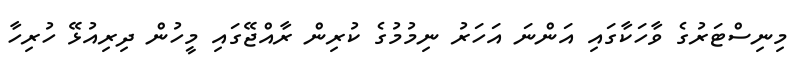
މިނިސްޓަރުގެ ވާހަކާގައި އަންނަ އަހަރު ނިމުމުގެ ކުރިން ރާއްޖޭގައި މީހުން ދިރިއުޅޭ ހުރިހާ